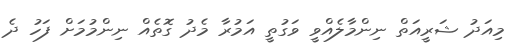
މިއަދު ޝަރީއަތް ނިންމާލެއްވީ ވަގުތީ އަމުރާ މެދު ގޮތެއް ނިންމުމަށް ފަހު ދެ